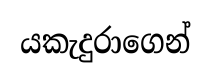
යකැදුරාගෙන්